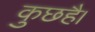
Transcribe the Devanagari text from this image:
कुछहै।